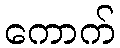
ကောက်